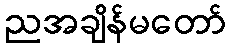
ညအချိန်မတော်